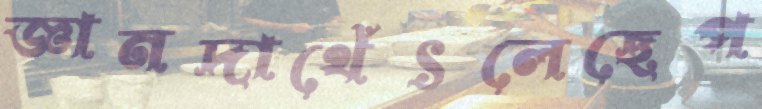
জ্ঞানদাথেঁৎলেছেপ